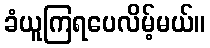
ခံယူကြရပေလိမ့်မယ်။